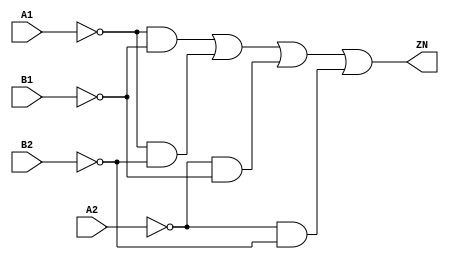
// Copyright 2022 GlobalFoundries PDK Authors
//
// Licensed under the Apache License, Version 2.0 (the "License");
// you may not use this file except in compliance with the License.
// You may obtain a copy of the License at
//
//      http://www.apache.org/licenses/LICENSE-2.0
//
// Unless required by applicable law or agreed to in writing, software
// distributed under the License is distributed on an "AS IS" BASIS,
// WITHOUT WARRANTIES OR CONDITIONS OF ANY KIND, either express or implied.
// See the License for the specific language governing permissions and
// limitations under the License.

module gf180mcu_fd_sc_mcu7t5v0__aoi22_4( B2, B1, ZN, A2, A1 );
input A1, A2, B1, B2;
output ZN;

	wire A1_inv_for_gf180mcu_fd_sc_mcu7t5v0__aoi22_4;

	not MGM_BG_0( A1_inv_for_gf180mcu_fd_sc_mcu7t5v0__aoi22_4, A1 );

	wire B1_inv_for_gf180mcu_fd_sc_mcu7t5v0__aoi22_4;

	not MGM_BG_1( B1_inv_for_gf180mcu_fd_sc_mcu7t5v0__aoi22_4, B1 );

	wire ZN_row1;

	and MGM_BG_2( ZN_row1, A1_inv_for_gf180mcu_fd_sc_mcu7t5v0__aoi22_4, B1_inv_for_gf180mcu_fd_sc_mcu7t5v0__aoi22_4 );

	wire B2_inv_for_gf180mcu_fd_sc_mcu7t5v0__aoi22_4;

	not MGM_BG_3( B2_inv_for_gf180mcu_fd_sc_mcu7t5v0__aoi22_4, B2 );

	wire ZN_row2;

	and MGM_BG_4( ZN_row2, A1_inv_for_gf180mcu_fd_sc_mcu7t5v0__aoi22_4, B2_inv_for_gf180mcu_fd_sc_mcu7t5v0__aoi22_4 );

	wire A2_inv_for_gf180mcu_fd_sc_mcu7t5v0__aoi22_4;

	not MGM_BG_5( A2_inv_for_gf180mcu_fd_sc_mcu7t5v0__aoi22_4, A2 );

	wire ZN_row3;

	and MGM_BG_6( ZN_row3, A2_inv_for_gf180mcu_fd_sc_mcu7t5v0__aoi22_4, B1_inv_for_gf180mcu_fd_sc_mcu7t5v0__aoi22_4 );

	wire ZN_row4;

	and MGM_BG_7( ZN_row4, A2_inv_for_gf180mcu_fd_sc_mcu7t5v0__aoi22_4, B2_inv_for_gf180mcu_fd_sc_mcu7t5v0__aoi22_4 );

	or MGM_BG_8( ZN, ZN_row1, ZN_row2, ZN_row3, ZN_row4 );

endmodule